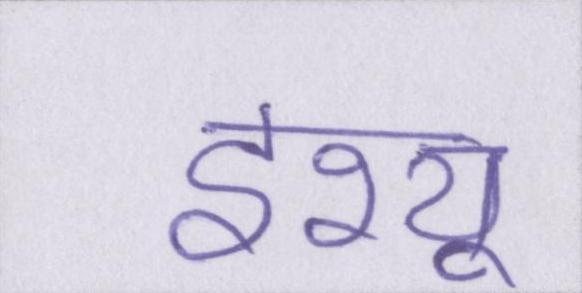
इश्यू